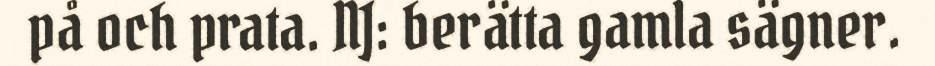
på och prata. NJ: berätta gamla sägner.